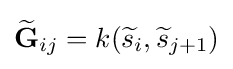
{\widetilde {\mathbf {G} }}_{ij}=k({\widetilde {s}}_{i},{\widetilde {s}}_{j+1})